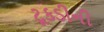
ટૂકડીની